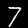
Label: 7